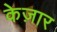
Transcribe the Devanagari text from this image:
केज़ार